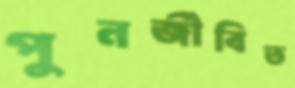
পুনর্জীবিত